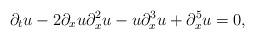
LaTeX: \begin{align*} \partial_tu - 2\partial_xu\partial_x^2u - u\partial_x^3u + \partial_x^5u = 0,\end{align*}